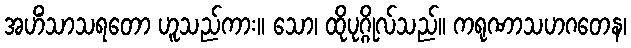
အဟိံသာသရတော ဟူသည်ကား။ သော၊ ထိုပုဂ္ဂိုလ်သည်။ ကရုဏာသဟဂတေန၊